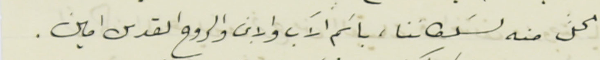
الحلَّ منه لسَلطاننا، باسَم الآب والابن والروح القدس امين .